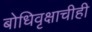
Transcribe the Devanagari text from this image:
बोधिवृक्षाचीही